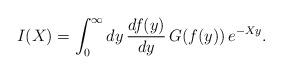
LaTeX: \begin{align*}I(X)=\int_{0}^{\infty} dy\,\frac{df(y)}{dy}\,G(f(y))\,e^{-Xy}. \end{align*}